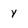
Character: Y